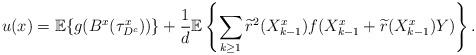
LaTeX: \begin{align*} u(x)=\mathbb{E}\{g(B^x(\tau^x_{D^c}))\}+\frac{1}{d}\mathbb{E}\left\{\sum\limits_{k\geq 1}\widetilde{r}^2(X^x_{k-1})f(X^x_{k-1}+\widetilde{r}(X^x_{k-1})Y)\right\}.\end{align*}